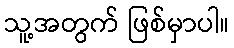
သူ့အတွက် ဖြစ်မှာပါ။